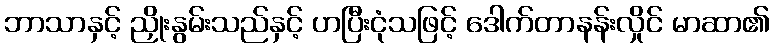
ဘာသာနှင့် ညှိုးနွမ်းသည်နှင့် ဟပြီးငုံသဖြင့် ဒေါက်တာနန်းလှိုင် မာဆာ၏